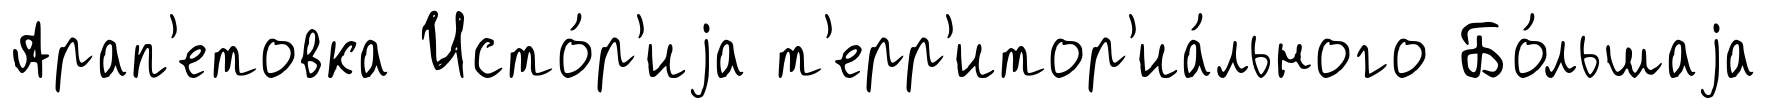
Арап'етовка Исто́р'иjа т'ерр'итор'иа́льного Бо́льшаjа